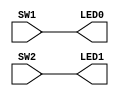
// This program was cloned from: https://github.com/FPGAwars/icezum
// License: GNU General Public License v3.0

//------------------------------------------------------------------
//-- Test: Testing the pushbuttons sw1 and sw2. They are wired
//-- directly to led0 and led7 respectivelly
//------------------------------------------------------------------

module leds(input wire SW1,
            input wire SW2,
            output wire LED0,
            output wire LED1);

assign {LED0, LED1} = {SW1, SW2};

endmodule